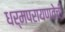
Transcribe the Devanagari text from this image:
धर्मपरायणतेची